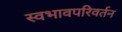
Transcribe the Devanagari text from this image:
स्वभावपरिवर्तन